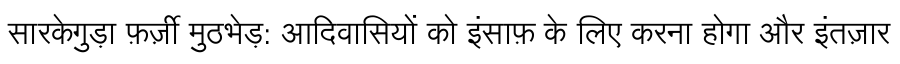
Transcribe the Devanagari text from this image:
सारकेगुड़ा फ़र्ज़ी मुठभेड़: आदिवासियों को इंसाफ़ के लिए करना होगा और इंतज़ार